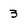
Character: 3